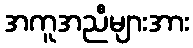
အကူအညီများအား